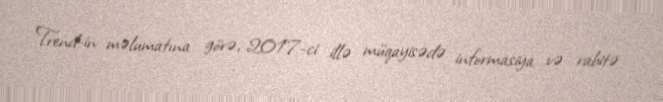
Trend-in məlumatına görə, 2017-ci illə müqayisədə informasiya və rabitə